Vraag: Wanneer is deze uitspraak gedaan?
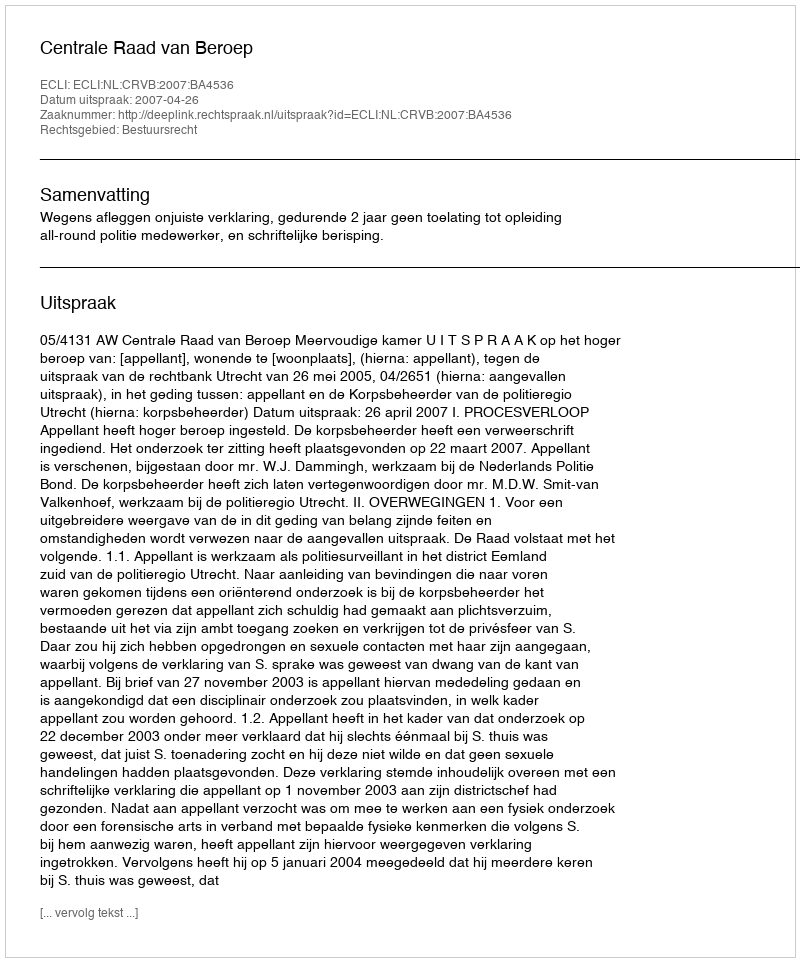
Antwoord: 2007-04-26